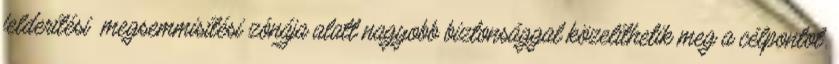
felderítési megsemmisítési zónája alatt nagyobb biztonsággal közelíthetik meg a célpontot.